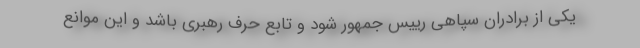
یکی از برادران سپاهی رییس جمهور شود و تابع حرف رهبری باشد و این موانع